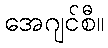
အေဂျင်စီ။